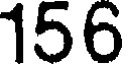
156